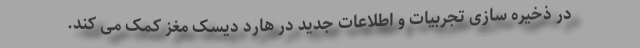
در ذخیره سازی تجربیات و اطلاعات جدید در هارد دیسک مغز کمک می کند.